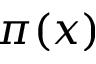
\pi ( x )